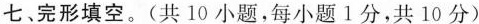
七、完形填空.(共 10 小题,每小题 1 分,共 10 分)